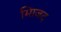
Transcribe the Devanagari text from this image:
मािजद